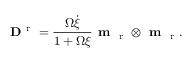
{ \bf D } ^ { \mathrm { ~ r ~ } } = \frac { \Omega \dot { \xi } } { 1 + \Omega \xi } \textbf { m } _ { \mathrm { ~ r ~ } } \otimes \textbf { m } _ { \mathrm { ~ r ~ } } .